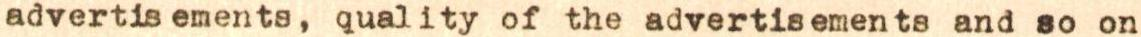
advertis ements, quality of the advertisements and so on